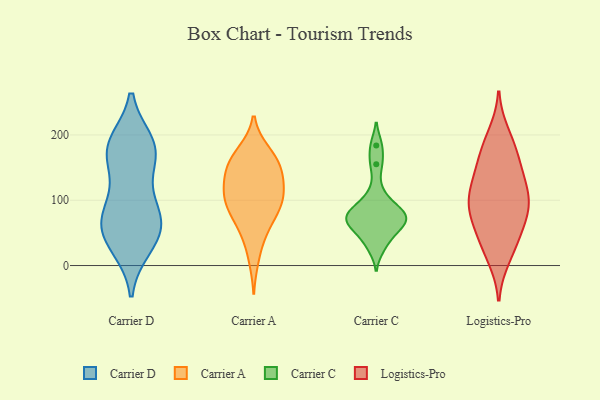
{"axis": {"x": "Production Output", "y": "Value"}, "legend": ["Carrier A", "Carrier C", "Carrier D", "Logistics-Pro"], "data": [{"x": "", "y": 177, "type": "Carrier D"}, {"x": "", "y": 139, "type": "Carrier D"}, {"x": "", "y": 84, "type": "Carrier D"}, {"x": "", "y": 177, "type": "Carrier D"}, {"x": "", "y": 178, "type": "Carrier D"}, {"x": "", "y": 187, "type": "Carrier D"}, {"x": "", "y": 49, "type": "Carrier D"}, {"x": "", "y": 29, "type": "Carrier D"}, {"x": "", "y": 62, "type": "Carrier D"}, {"x": "", "y": 33, "type": "Carrier D"}, {"x": "", "y": 92, "type": "Carrier D"}, {"x": "", "y": 72, "type": "Carrier D"}, {"x": "", "y": 181, "type": "Carrier D"}, {"x": "", "y": 62, "type": "Carrier D"}, {"x": "", "y": 126, "type": "Carrier A"}, {"x": "", "y": 175, "type": "Carrier A"}, {"x": "", "y": 109, "type": "Carrier A"}, {"x": "", "y": 88, "type": "Carrier A"}, {"x": "", "y": 90, "type": "Carrier A"}, {"x": "", "y": 155, "type": "Carrier A"}, {"x": "", "y": 134, "type": "Carrier A"}, {"x": "", "y": 175, "type": "Carrier A"}, {"x": "", "y": 163, "type": "Carrier A"}, {"x": "", "y": 49, "type": "Carrier A"}, {"x": "", "y": 72, "type": "Carrier A"}, {"x": "", "y": 153, "type": "Carrier A"}, {"x": "", "y": 100, "type": "Carrier A"}, {"x": "", "y": 99, "type": "Carrier A"}, {"x": "", "y": 142, "type": "Carrier A"}, {"x": "", "y": 54, "type": "Carrier A"}, {"x": "", "y": 10, "type": "Carrier A"}, {"x": "", "y": 131, "type": "Carrier A"}, {"x": "", "y": 101, "type": "Carrier A"}, {"x": "", "y": 64, "type": "Carrier C"}, {"x": "", "y": 64, "type": "Carrier C"}, {"x": "", "y": 75, "type": "Carrier C"}, {"x": "", "y": 86, "type": "Carrier C"}, {"x": "", "y": 44, "type": "Carrier C"}, {"x": "", "y": 111, "type": "Carrier C"}, {"x": "", "y": 60, "type": "Carrier C"}, {"x": "", "y": 81, "type": "Carrier C"}, {"x": "", "y": 27, "type": "Carrier C"}, {"x": "", "y": 184, "type": "Carrier C"}, {"x": "", "y": 83, "type": "Carrier C"}, {"x": "", "y": 155, "type": "Carrier C"}, {"x": "", "y": 71, "type": "Logistics-Pro"}, {"x": "", "y": 116, "type": "Logistics-Pro"}, {"x": "", "y": 23, "type": "Logistics-Pro"}, {"x": "", "y": 13, "type": "Logistics-Pro"}, {"x": "", "y": 46, "type": "Logistics-Pro"}, {"x": "", "y": 176, "type": "Logistics-Pro"}, {"x": "", "y": 151, "type": "Logistics-Pro"}, {"x": "", "y": 146, "type": "Logistics-Pro"}, {"x": "", "y": 90, "type": "Logistics-Pro"}, {"x": "", "y": 102, "type": "Logistics-Pro"}, {"x": "", "y": 48, "type": "Logistics-Pro"}, {"x": "", "y": 82, "type": "Logistics-Pro"}, {"x": "", "y": 91, "type": "Logistics-Pro"}, {"x": "", "y": 183, "type": "Logistics-Pro"}, {"x": "", "y": 200, "type": "Logistics-Pro"}, {"x": "", "y": 132, "type": "Logistics-Pro"}, {"x": "", "y": 104, "type": "Logistics-Pro"}]}